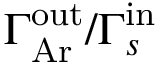
\Gamma _ { \mathrm { A r } } ^ { \mathrm { o u t } } / \Gamma _ { s } ^ { \mathrm { i n } }